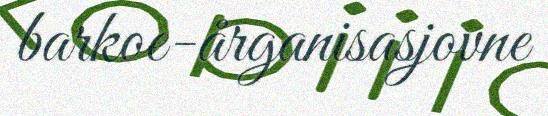
barkoe-årganisasjovne